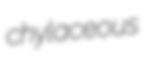
chylaceous